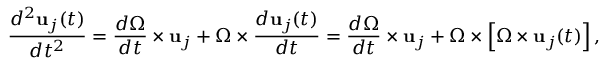
{ \frac { d ^ { 2 } \mathbf { u } _ { j } ( t ) } { d t ^ { 2 } } } = { \frac { d { \boldsymbol { \Omega } } } { d t } } \times \mathbf { u } _ { j } + { \boldsymbol { \Omega } } \times { \frac { d \mathbf { u } _ { j } ( t ) } { d t } } = { \frac { d { \boldsymbol { \Omega } } } { d t } } \times \mathbf { u } _ { j } + { \boldsymbol { \Omega } } \times \left[ { \boldsymbol { \Omega } } \times \mathbf { u } _ { j } ( t ) \right] ,